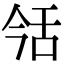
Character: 𦧎